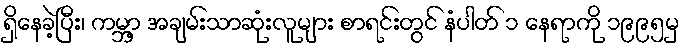
ရှိနေခဲ့ပြီး၊ ကမ္ဘာ့ အချမ်းသာဆုံးလူများ စာရင်းတွင် နံပါတ် ၁ နေရာကို ၁၉၉၅မှ